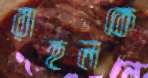
রাহুলকে